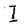
Character: I